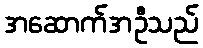
အဆောက်အဦသည်